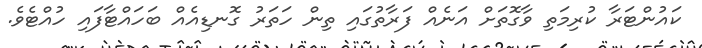
ކައުންޓަރާ ކުރިމަތި ވާގޮތަށް އަނެއް ފަރާތުގައި ތިން ހަތަރު ގޮނޑިއެއް ބަހައްޓާފައި ހުއްޓެވެ.